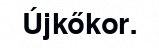
Újkőkor.